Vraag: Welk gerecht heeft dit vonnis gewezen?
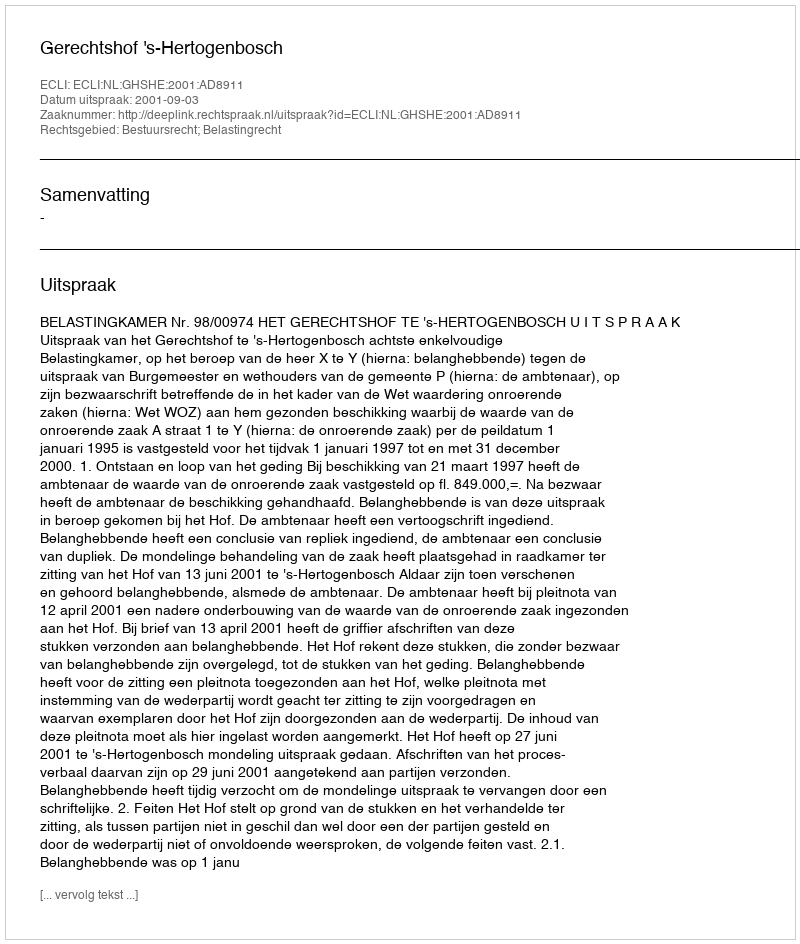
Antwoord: Gerechtshof 's-Hertogenbosch